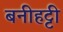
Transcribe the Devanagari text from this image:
बनीहट्टी